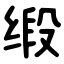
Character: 缎